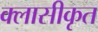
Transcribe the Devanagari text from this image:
क्लासीकृत